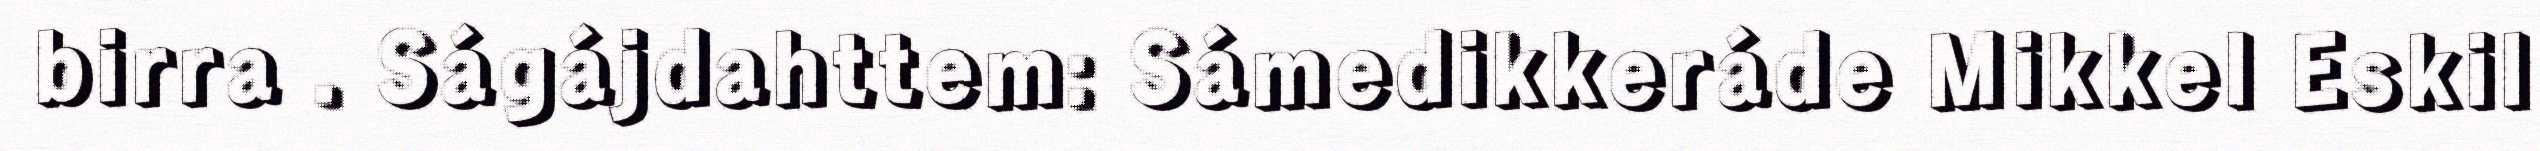
birra . Ságájdahttem: Sámedikkeráde Mikkel Eskil